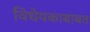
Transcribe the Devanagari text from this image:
विधेयकाबाबत